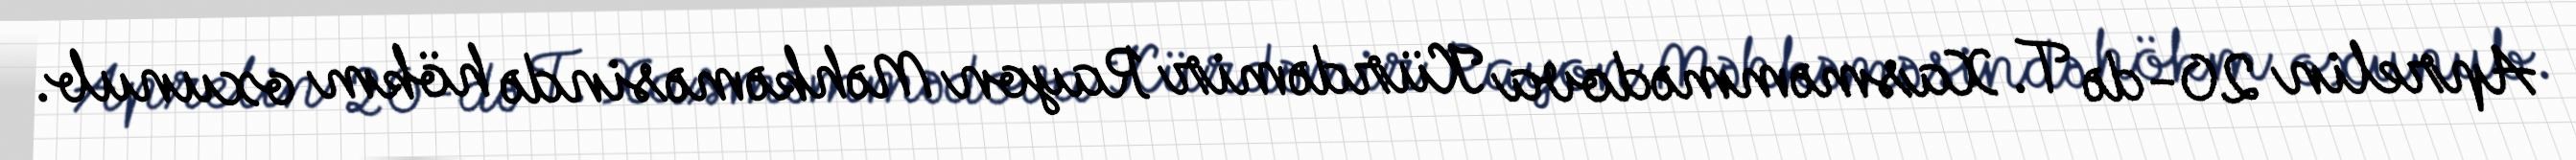
Aprelin 20-də T. Xasməmmədova Kürdəmir Rayon Məhkəməsində hökm oxunub.